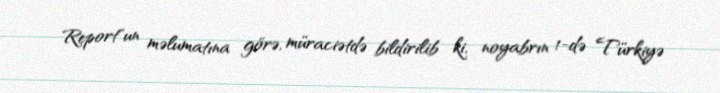
Report"un məlumatına görə, müraciətdə bildirilib ki, noyabrın 1-də Türkiyə